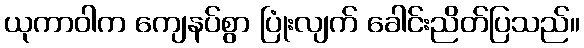
ယုကာဝါက ကျေနပ်စွာ ပြုံးလျက် ခေါင်းညိတ်ပြသည်။